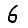
Digit: 6